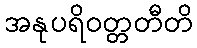
အနုပရိဝတ္တတီတိ